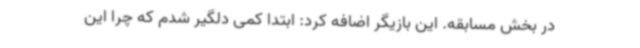
در بخش مسابقه. این بازیگر اضافه کرد: ابتدا کمی دلگیر شدم که چرا این